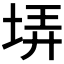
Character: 𡋱